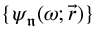
\{ \psi _ { \mathfrak { n } } ( \omega ; \vec { r } ) \}